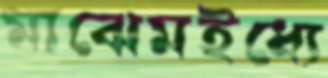
মাঝেমইধ্যে